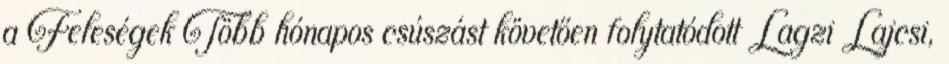
a Feleségek Több hónapos csúszást követően folytatódott Lagzi Lajcsi,